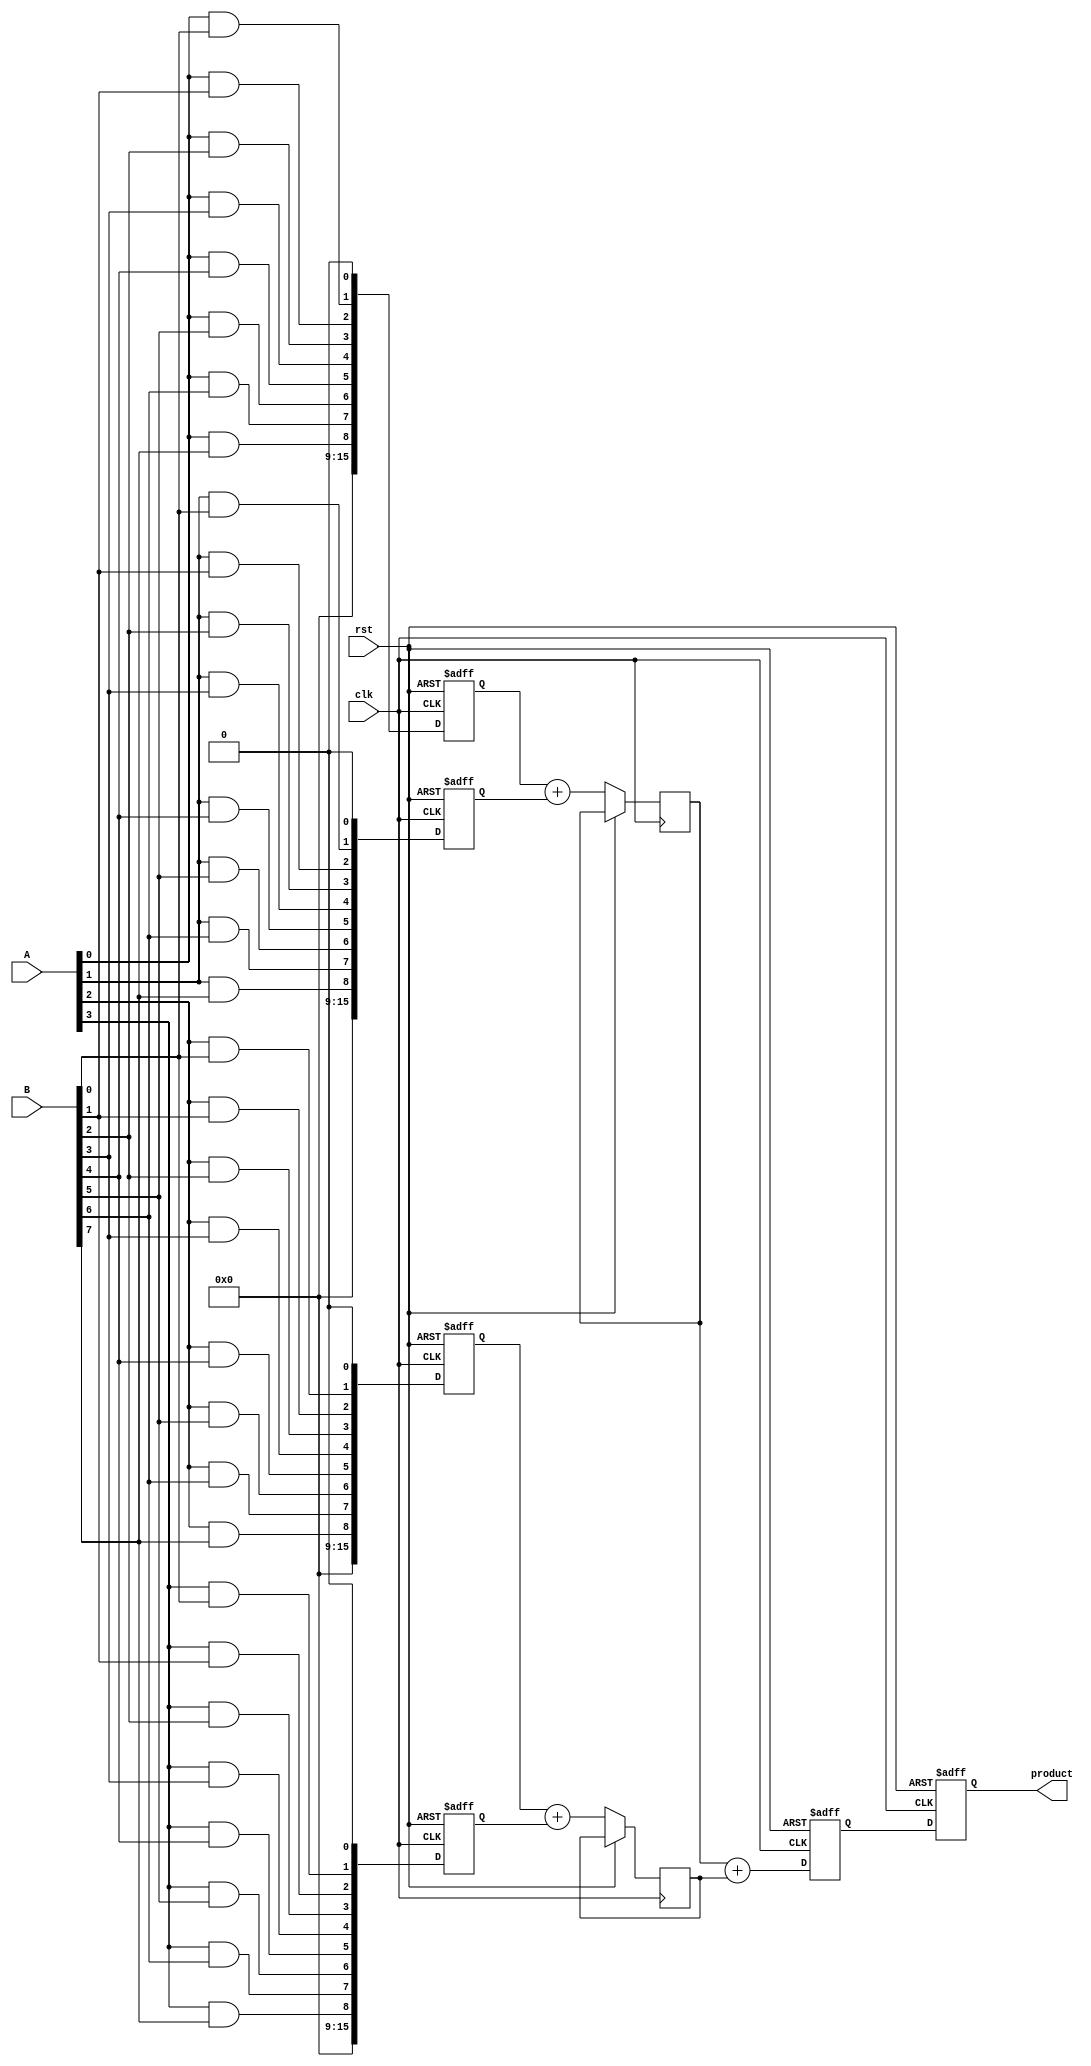
module PipelinedWallaceTreeMultiplier #(parameter N = 8, parameter WIDTH = 2*N) (
    input clk,
    input rst,
    input [N-1:0] A,
    input [N-1:0] B,
    output reg [WIDTH-1:0] product
);

    // Intermediate signals
    wire [N-1:0] pp [0:N-1]; // Partial products
    reg [WIDTH-1:0] stage1 [0:N-1]; // Stage 1 results
    reg [WIDTH-1:0] stage2 [0:N/2]; // Stage 2 results
    reg [WIDTH-1:0] final_sum; // Final sum

    // Stage 1: Partial Product Generation
    genvar i, j;
    generate
        for (i = 0; i < N; i = i + 1) begin: pp_gen
            for (j = 0; j < N; j = j + 1) begin: pp_and
                assign pp[i][j] = A[i] & B[j];
            end
        end
    endgenerate

    // Stage 2: Wallace Tree Reduction
    integer k;
    always @(posedge clk or posedge rst) begin
        if (rst) begin
            for (k = 0; k < N; k = k + 1) begin
                stage1[k] <= 0;
            end
        end else begin
            // Combine partial products
            for (k = 0; k < N; k = k + 1) begin
                stage1[k] <= {pp[k], 1'b0}; // Shift left for proper addition
            end
            
            // Reduce using half adders and full adders
            // This example simplifies the reduction process
            for (k = 0; k < N/2; k = k + 1) begin
                stage2[k] <= stage1[k*2] + stage1[k*2 + 1];
            end
        end
    end

    // Stage 3: Final Addition
    always @(posedge clk or posedge rst) begin
        if (rst) begin
            final_sum <= 0;
        end else begin
            // Sum the last two stages
            if (N % 2 == 0) begin
                final_sum <= stage2[0] + stage2[1]; // Example for an even number of partial products
            end else begin
                final_sum <= stage2[0] + stage1[N-1]; // If odd, add the last remaining product
            end
        end
    end

    // Stage 4: Output Register
    always @(posedge clk or posedge rst) begin
        if (rst) begin
            product <= 0;
        end else begin
            product <= final_sum; // Output the final product
        end
    end

endmodule